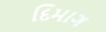
દિમાગ